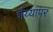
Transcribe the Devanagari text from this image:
शैय्यापर